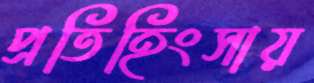
প্রতিহিংসায়